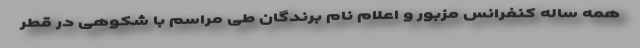
همه ساله کنفرانس مزبور و اعلام نام برندگان طی مراسم با شکوهی در قطر